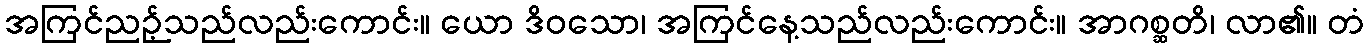
အကြင်ညဉ့်သည်လည်းကောင်း။ ယော ဒိဝသော၊ အကြင်နေ့သည်လည်းကောင်း။ အာဂစ္ဆတိ၊ လာ၏။ တံ